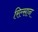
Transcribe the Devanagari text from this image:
रिल्सान